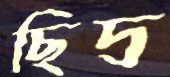
ছিদ্র